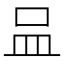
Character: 𠱄